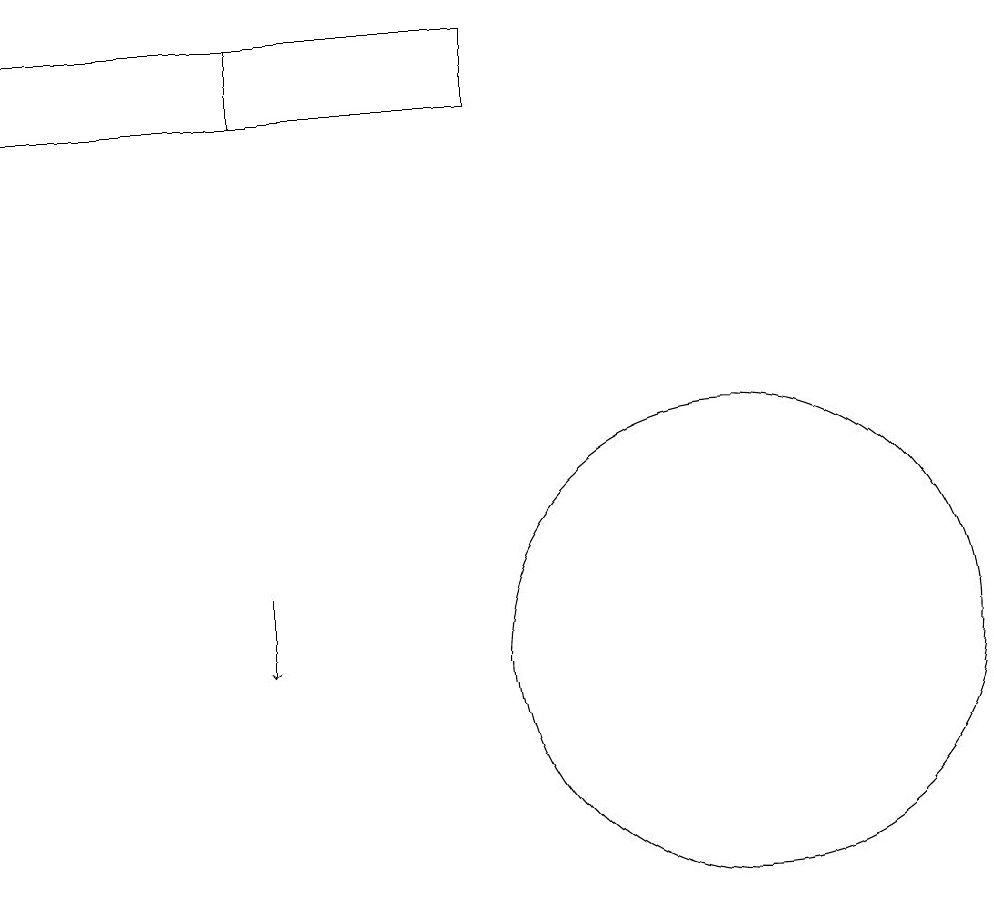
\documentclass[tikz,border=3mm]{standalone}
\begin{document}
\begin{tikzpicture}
\draw (8,18) rectangle (2,19);
\draw (11,11) circle (3);
\draw (5,19) rectangle (2,18);
\draw[->] (5,12) -- (5,11);
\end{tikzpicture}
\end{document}